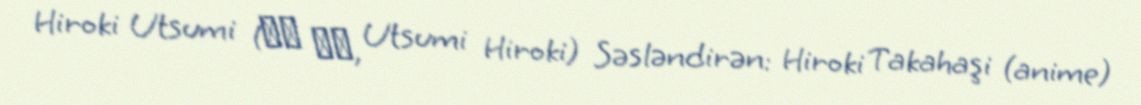
Hiroki Utsumi (内海 洋貴, Utsumi Hiroki) Səsləndirən: Hiroki Takahaşi (anime)